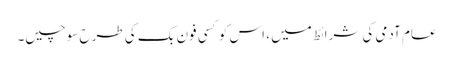
عام آدمی کی شرائط میں ، اس کو کسی فون بک کی طرح سوچیں۔